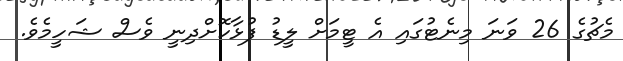
މެޗުގެ 26 ވަނަ މިނެޓުގައި އެ ޓީމަށް ލީޑު ފުޅާކޮށްދިނީ ވެސް ޝަހީމެވެ.